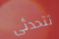
تتحدثى